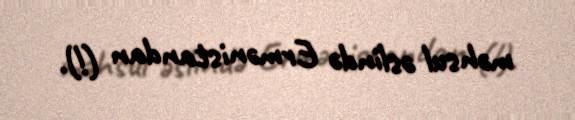
məhsul əslində Ermənistandan (!).